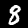
Digit: 8